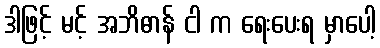
ဒါဖြင့် မင့် အဘိဓာန် ငါ က ရေးပေးရ မှာပေါ့